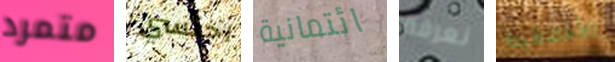
متمرد احتسي ائتمانية نعرفه الأخلاقية